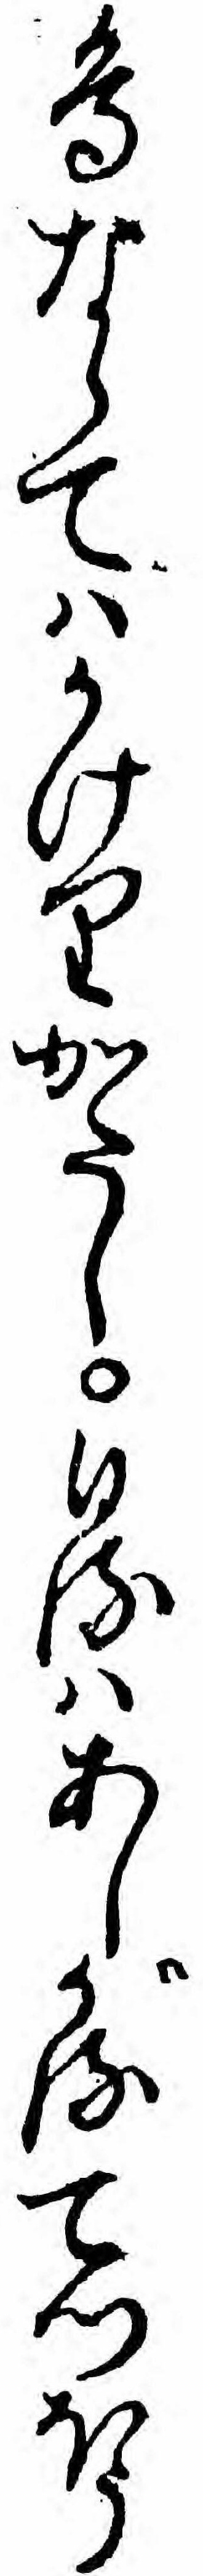
鳥ならてハかけりかたし日るハあしがるてつほう